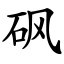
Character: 砜